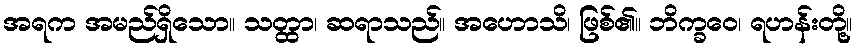
အရက အမည်ရှိသော။ သတ္ထာ၊ ဆရာသည်။ အဟောသိ၊ ဖြစ်၏။ ဘိက္ခဝေ၊ ရဟန်းတို့။